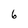
Character: 6